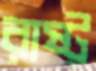
রাষ্ট্